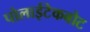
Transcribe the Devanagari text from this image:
पोलाईटेकबोट